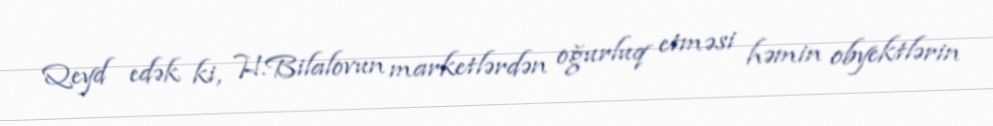
Qeyd edək ki, H.Bilalovun marketlərdən oğurluq etməsi həmin obyektlərin